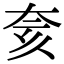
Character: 奒